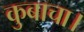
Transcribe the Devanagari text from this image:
कुबाचा।